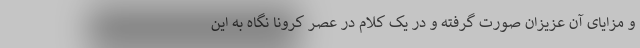
و مزایای آن عزیزان صورت گرفته و در یک کلام در عصر کرونا نگاه به این